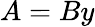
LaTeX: A=By